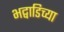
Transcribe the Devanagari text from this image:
भट्वाडिच्या